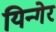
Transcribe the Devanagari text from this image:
यिन्गेर